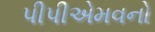
પીપીએમવનો